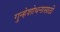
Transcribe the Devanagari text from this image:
गुन्हेशोधनासाठी